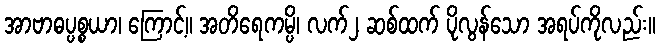
အာဗာဓပ္ပစ္စယာ၊ ကြောင့်။ အတိရေကမ္ပိ၊ လက်၂ ဆစ်ထက် ပိုလွန်သော အရပ်ကိုလည်း။